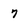
Character: 7